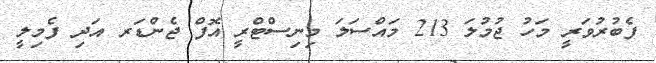
ފެބުރުވަރީ މަހު ޖުމުލަ 213 މައްސަލަ މިނިސްޓްރީ އޮފް ޖެންޑަރ އަދި ފެމިލީ